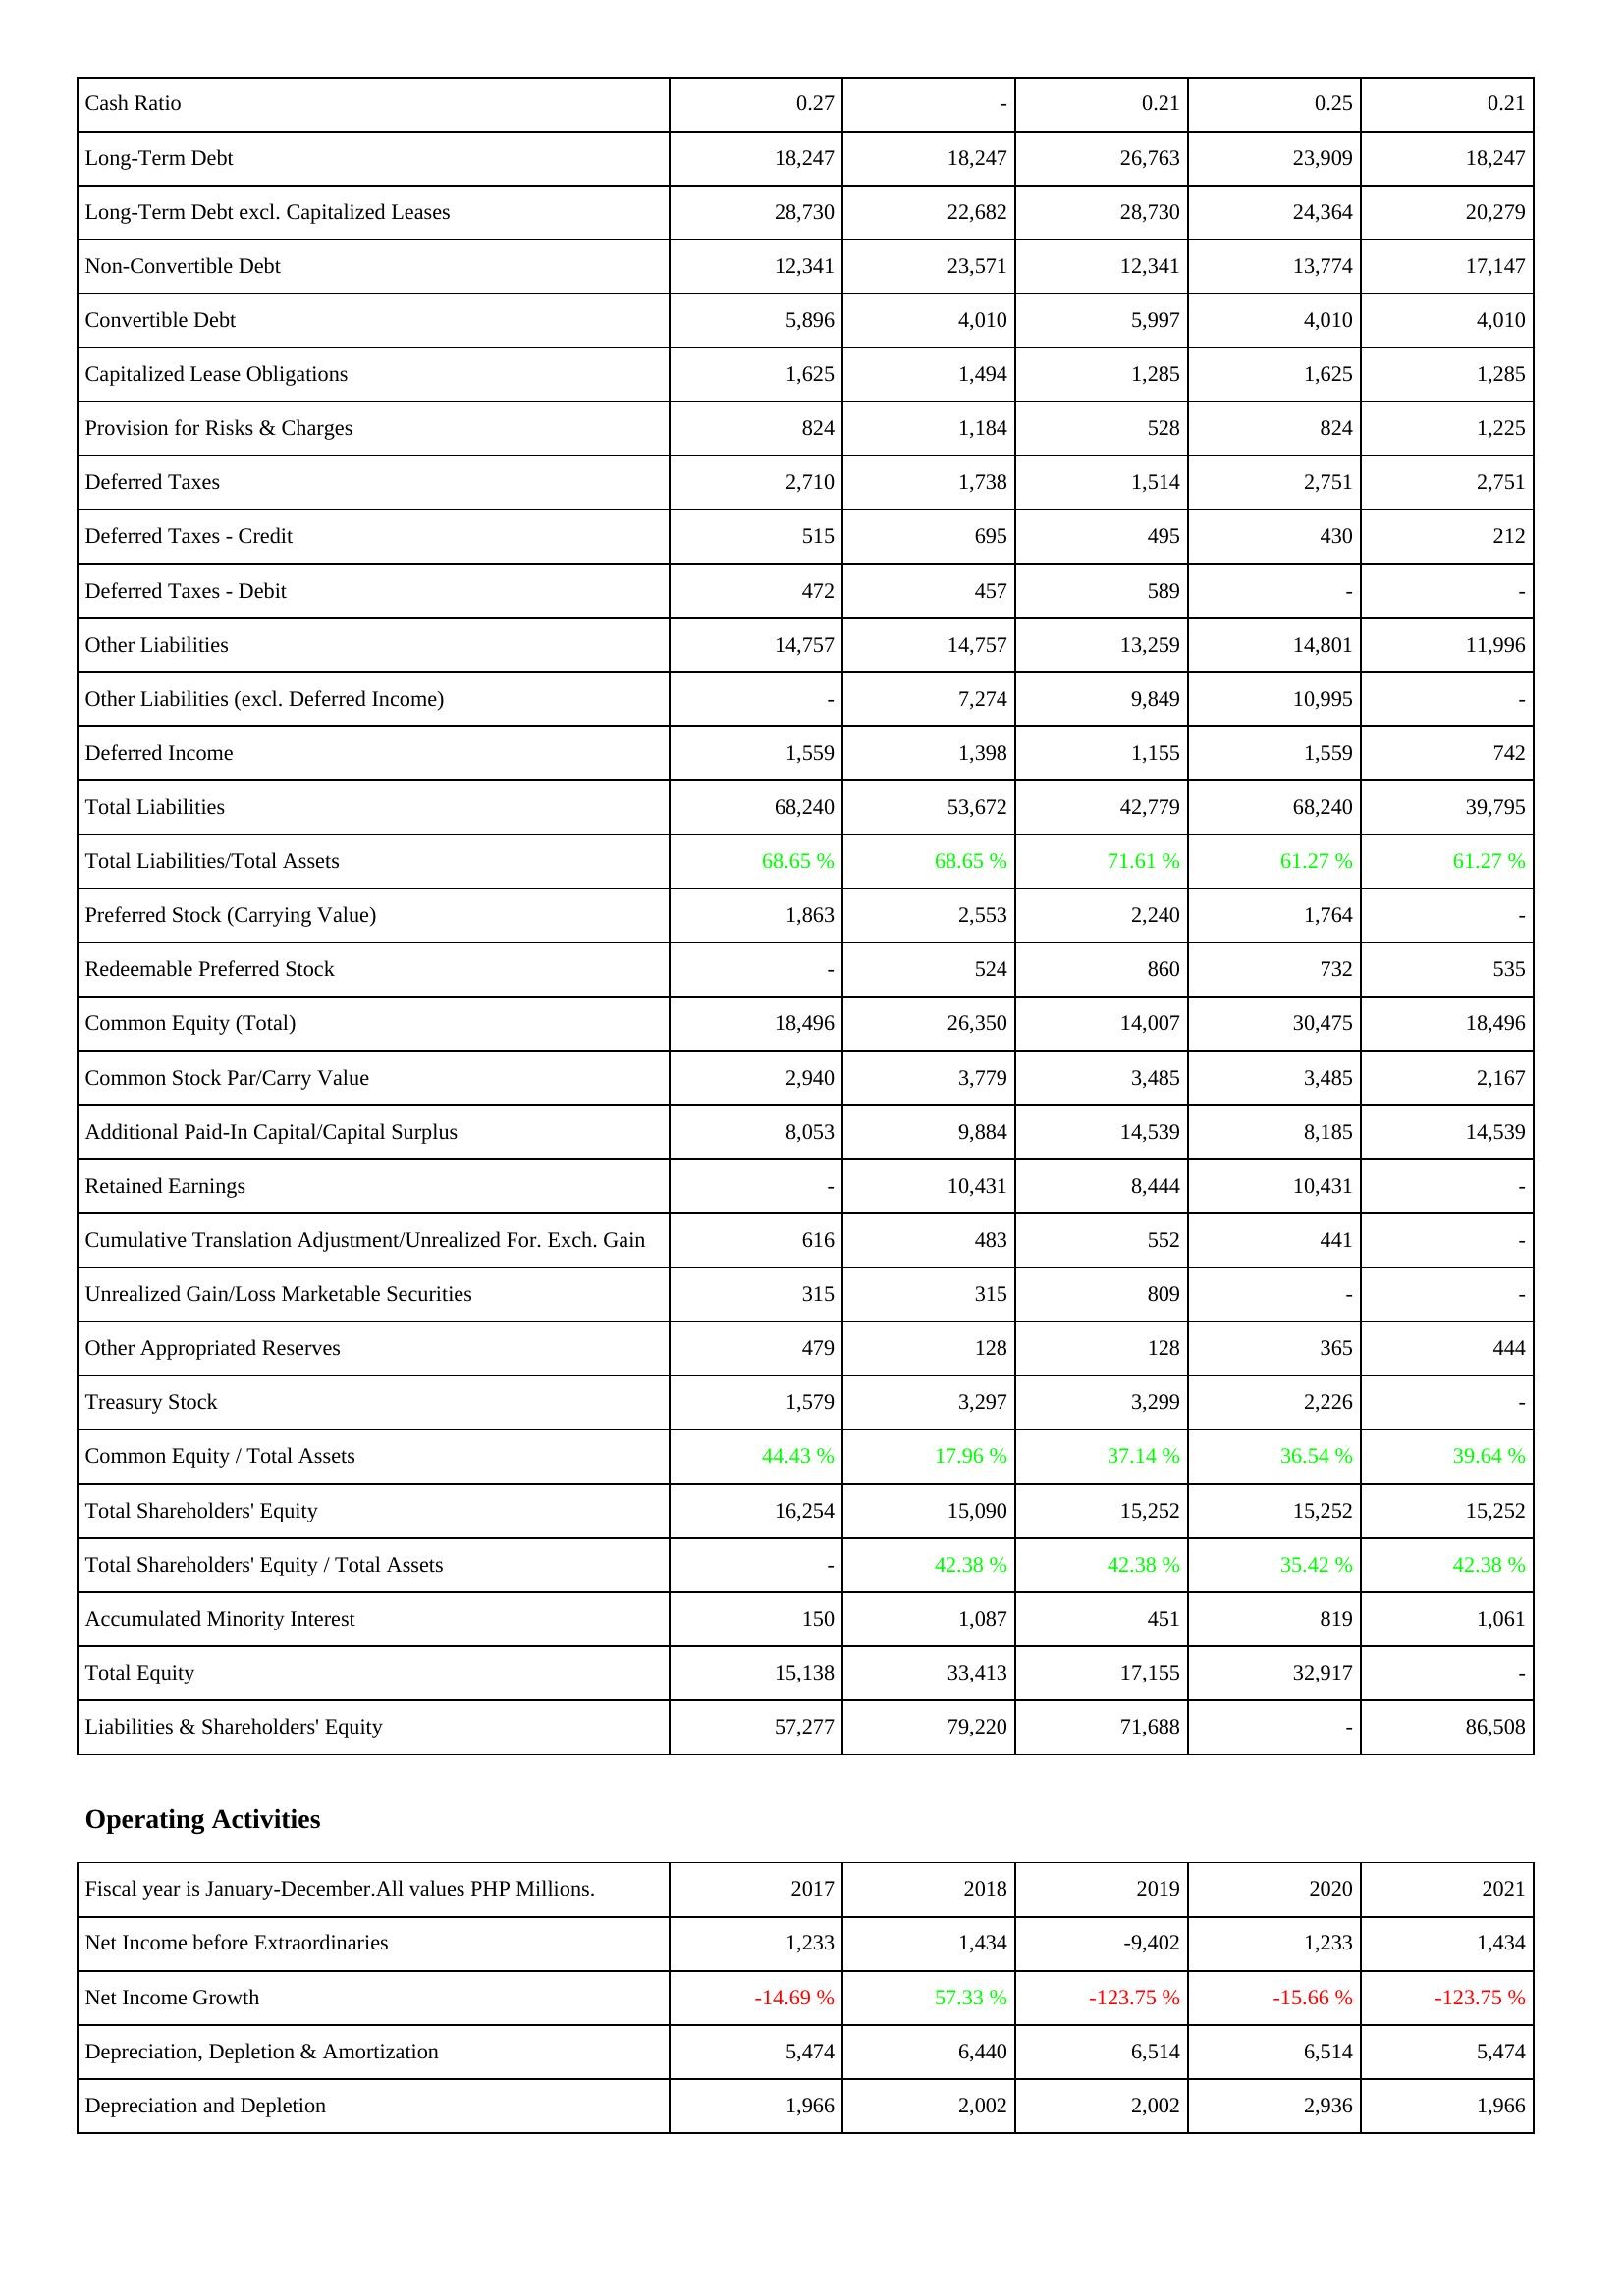
2017: Liabilities & Shareholders' Equity: Cash Ratio: 0.27
Long-Term Debt: 18,247
Long-Term Debt excl. Capitalized Leases: 28,730
Non-Convertible Debt: 12,341
Convertible Debt: 5,896
Capitalized Lease Obligations: 1,625
Provision for Risks & Charges: 824
Deferred Taxes: 2,710
Deferred Taxes - Credit: 515
Deferred Taxes - Debit: 472
Other Liabilities: 14,757
Other Liabilities (excl. Deferred Income): -
Deferred Income: 1,559
Total Liabilities: 68,240
Total Liabilities/Total Assets: 68.65 %
Preferred Stock (Carrying Value): 1,863
Redeemable Preferred Stock: -
Common Equity (Total): 18,496
Common Stock Par/Carry Value: 2,940
Additional Paid-In Capital/Capital Surplus: 8,053
Retained Earnings: -
Cumulative Translation Adjustment/Unrealized For. Exch. Gain: 616
Unrealized Gain/Loss Marketable Securities: 315
Other Appropriated Reserves: 479
Treasury Stock: 1,579
Common Equity / Total Assets: 44.43 %
Total Shareholders' Equity: 16,254
Total Shareholders' Equity / Total Assets: -
Accumulated Minority Interest: 150
Total Equity: 15,138
Liabilities & Shareholders' Equity: 57,277
Operating Activities: Net Income before Extraordinaries: 1,233
Net Income Growth: -14.69 %
Depreciation, Depletion & Amortization: 5,474
Depreciation and Depletion: 1,966
2018: Liabilities & Shareholders' Equity: Cash Ratio: -
Long-Term Debt: 18,247
Long-Term Debt excl. Capitalized Leases: 22,682
Non-Convertible Debt: 23,571
Convertible Debt: 4,010
Capitalized Lease Obligations: 1,494
Provision for Risks & Charges: 1,184
Deferred Taxes: 1,738
Deferred Taxes - Credit: 695
Deferred Taxes - Debit: 457
Other Liabilities: 14,757
Other Liabilities (excl. Deferred Income): 7,274
Deferred Income: 1,398
Total Liabilities: 53,672
Total Liabilities/Total Assets: 68.65 %
Preferred Stock (Carrying Value): 2,553
Redeemable Preferred Stock: 524
Common Equity (Total): 26,350
Common Stock Par/Carry Value: 3,779
Additional Paid-In Capital/Capital Surplus: 9,884
Retained Earnings: 10,431
Cumulative Translation Adjustment/Unrealized For. Exch. Gain: 483
Unrealized Gain/Loss Marketable Securities: 315
Other Appropriated Reserves: 128
Treasury Stock: 3,297
Common Equity / Total Assets: 17.96 %
Total Shareholders' Equity: 15,090
Total Shareholders' Equity / Total Assets: 42.38 %
Accumulated Minority Interest: 1,087
Total Equity: 33,413
Liabilities & Shareholders' Equity: 79,220
Operating Activities: Net Income before Extraordinaries: 1,434
Net Income Growth: 57.33 %
Depreciation, Depletion & Amortization: 6,440
Depreciation and Depletion: 2,002
2019: Liabilities & Shareholders' Equity: Cash Ratio: 0.21
Long-Term Debt: 26,763
Long-Term Debt excl. Capitalized Leases: 28,730
Non-Convertible Debt: 12,341
Convertible Debt: 5,997
Capitalized Lease Obligations: 1,285
Provision for Risks & Charges: 528
Deferred Taxes: 1,514
Deferred Taxes - Credit: 495
Deferred Taxes - Debit: 589
Other Liabilities: 13,259
Other Liabilities (excl. Deferred Income): 9,849
Deferred Income: 1,155
Total Liabilities: 42,779
Total Liabilities/Total Assets: 71.61 %
Preferred Stock (Carrying Value): 2,240
Redeemable Preferred Stock: 860
Common Equity (Total): 14,007
Common Stock Par/Carry Value: 3,485
Additional Paid-In Capital/Capital Surplus: 14,539
Retained Earnings: 8,444
Cumulative Translation Adjustment/Unrealized For. Exch. Gain: 552
Unrealized Gain/Loss Marketable Securities: 809
Other Appropriated Reserves: 128
Treasury Stock: 3,299
Common Equity / Total Assets: 37.14 %
Total Shareholders' Equity: 15,252
Total Shareholders' Equity / Total Assets: 42.38 %
Accumulated Minority Interest: 451
Total Equity: 17,155
Liabilities & Shareholders' Equity: 71,688
Operating Activities: Net Income before Extraordinaries: -9,402
Net Income Growth: -123.75 %
Depreciation, Depletion & Amortization: 6,514
Depreciation and Depletion: 2,002
2020: Liabilities & Shareholders' Equity: Cash Ratio: 0.25
Long-Term Debt: 23,909
Long-Term Debt excl. Capitalized Leases: 24,364
Non-Convertible Debt: 13,774
Convertible Debt: 4,010
Capitalized Lease Obligations: 1,625
Provision for Risks & Charges: 824
Deferred Taxes: 2,751
Deferred Taxes - Credit: 430
Deferred Taxes - Debit: -
Other Liabilities: 14,801
Other Liabilities (excl. Deferred Income): 10,995
Deferred Income: 1,559
Total Liabilities: 68,240
Total Liabilities/Total Assets: 61.27 %
Preferred Stock (Carrying Value): 1,764
Redeemable Preferred Stock: 732
Common Equity (Total): 30,475
Common Stock Par/Carry Value: 3,485
Additional Paid-In Capital/Capital Surplus: 8,185
Retained Earnings: 10,431
Cumulative Translation Adjustment/Unrealized For. Exch. Gain: 441
Unrealized Gain/Loss Marketable Securities: -
Other Appropriated Reserves: 365
Treasury Stock: 2,226
Common Equity / Total Assets: 36.54 %
Total Shareholders' Equity: 15,252
Total Shareholders' Equity / Total Assets: 35.42 %
Accumulated Minority Interest: 819
Total Equity: 32,917
Liabilities & Shareholders' Equity: -
Operating Activities: Net Income before Extraordinaries: 1,233
Net Income Growth: -15.66 %
Depreciation, Depletion & Amortization: 6,514
Depreciation and Depletion: 2,936
2021: Liabilities & Shareholders' Equity: Cash Ratio: 0.21
Long-Term Debt: 18,247
Long-Term Debt excl. Capitalized Leases: 20,279
Non-Convertible Debt: 17,147
Convertible Debt: 4,010
Capitalized Lease Obligations: 1,285
Provision for Risks & Charges: 1,225
Deferred Taxes: 2,751
Deferred Taxes - Credit: 212
Deferred Taxes - Debit: -
Other Liabilities: 11,996
Other Liabilities (excl. Deferred Income): -
Deferred Income: 742
Total Liabilities: 39,795
Total Liabilities/Total Assets: 61.27 %
Preferred Stock (Carrying Value): -
Redeemable Preferred Stock: 535
Common Equity (Total): 18,496
Common Stock Par/Carry Value: 2,167
Additional Paid-In Capital/Capital Surplus: 14,539
Retained Earnings: -
Cumulative Translation Adjustment/Unrealized For. Exch. Gain: -
Unrealized Gain/Loss Marketable Securities: -
Other Appropriated Reserves: 444
Treasury Stock: -
Common Equity / Total Assets: 39.64 %
Total Shareholders' Equity: 15,252
Total Shareholders' Equity / Total Assets: 42.38 %
Accumulated Minority Interest: 1,061
Total Equity: -
Liabilities & Shareholders' Equity: 86,508
Operating Activities: Net Income before Extraordinaries: 1,434
Net Income Growth: -123.75 %
Depreciation, Depletion & Amortization: 5,474
Depreciation and Depletion: 1,966